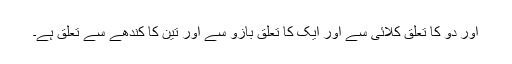
اور دو کا تعلق کلائی سے اور ایک کا تعلق بازو سے اور تین کا کندھے سے تعلق ہے۔